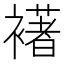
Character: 𮖺